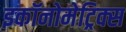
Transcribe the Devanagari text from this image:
इकॉनोमेट्रिक्स